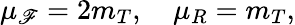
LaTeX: \mu_{\mathscr{F}}=2m_{T},\quad\mu_{R}=m_{T},